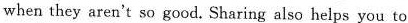
when they aren't so good.Sharing also helps you to